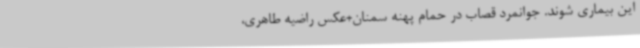
این بیماری شوند. جوانمرد قصاب در حمام پهنه سمنان+عکس راضیه طاهری،